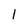
Character: 1